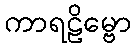
ကာရဠိမ္ဗော